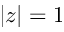
| z | = 1